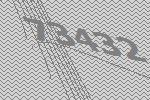
73432